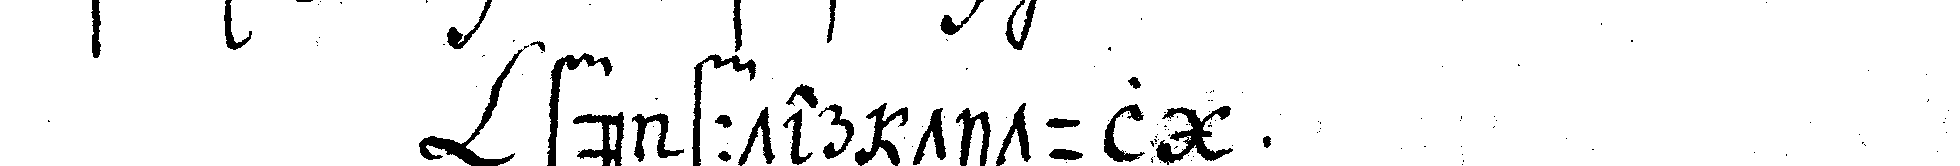
fünffter titul .